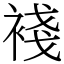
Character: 䙁